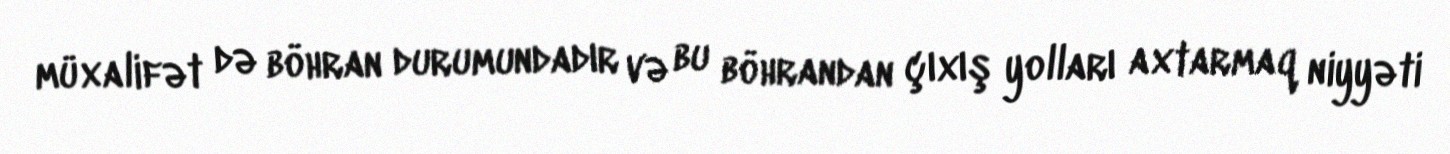
müxalifət də böhran durumundadır və bu böhrandan çıxış yolları axtarmaq niyyəti